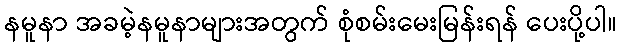
နမူနာ အခမဲ့နမူနာများအတွက် စုံစမ်းမေးမြန်းရန် ပေးပို့ပါ။